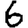
Digit: 6